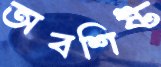
অবশিষ্ট